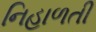
નિહાળતી